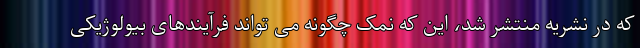
که در نشریه منتشر شد، این که نمک چگونه می تواند فرآیندهای بیولوژیکی